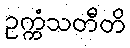
ဥက္ကံသတီတိ